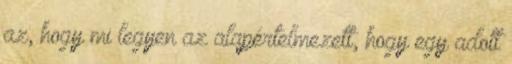
az, hogy mi legyen az alapértelmezett, hogy egy adott